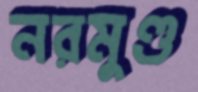
নরমুণ্ড